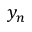
y _ { n }